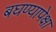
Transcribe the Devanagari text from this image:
बघण्यापेक्षा